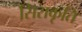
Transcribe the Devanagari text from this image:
सिराकृति